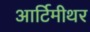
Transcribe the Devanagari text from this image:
आर्टिमीथर